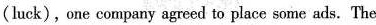
(luck),one company agreed to place some ads. The